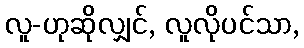
လူ-ဟုဆိုလျှင်, လူလိုပင်သာ,